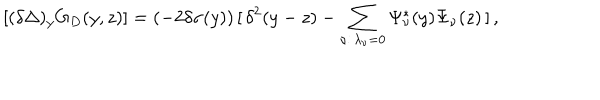
[ ( \delta \Delta ) _ { y } G _ { D } ( y , z ) ] = ( - 2 \delta \sigma ( y ) ) \, [ \, \delta ^ { 2 } ( y - z ) - \sum _ { \nu : \, \lambda _ { \nu } = 0 } \Psi _ { \nu } ^ { * } ( y ) \Psi _ { \nu } ( z ) \, ] \, ,